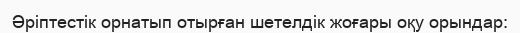
Әріптестік орнатып отырған шетелдік жоғары оқу орындар: